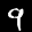
Label: 9